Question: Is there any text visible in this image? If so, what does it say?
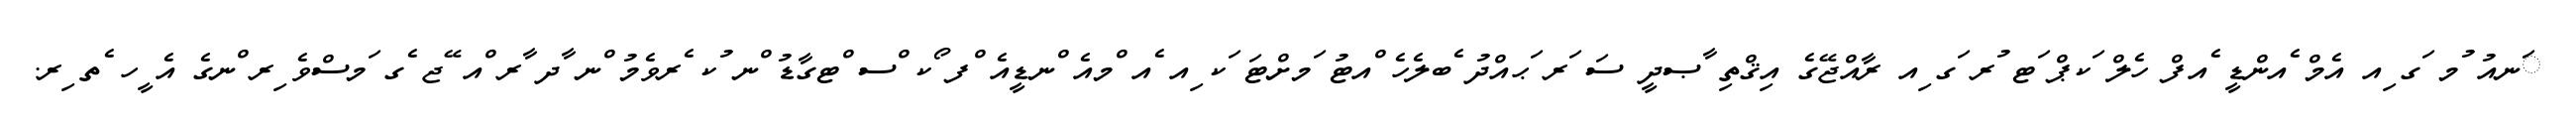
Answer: ަނއު ުމ ަގ ިއ އެމް ެއންޑީ ެއފް ހެލް ަކޕް ަޓ ުރ ަގ ިއ ރާއްޖޭގެ އިޤްތި ާޞދީ ސަ ަރ ަޙއްދު ެބލެހެ ްއޓު ަމށްޓަ ަކ ިއ ެއ ްމއެ ްނޑީއެ ްފ ޯކ ްސ ްޓގާޑު ްނ ުކ ެރވެމު ްނ ާދ ާރ ްއ ޭޖ ެގ ަމސްވެ ިރ ްނގެ އެ ީހ ެތ ިރ.